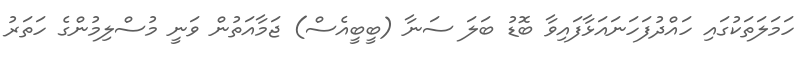
ހަމަލަތަކުގައި ހައްދުފަހަނައަޅާފައިވާ ބޮޑު ބަލަ ސަނާ (ބީބީއެސް) ޖަމާއަތުން ވަނީ މުސްލިމުންގެ ހަތަރު